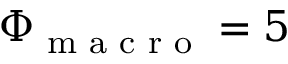
\Phi _ { \textup { m a c r o } } = 5 \